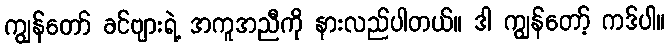
ကျွန်တော် ခင်ဗျားရဲ့ အကူအညီကို နားလည်ပါတယ်။ ဒါ ကျွန်တော့် ကဒ်ပါ။